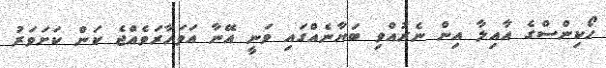
ހޯކިންސްގެ އާއިލާ އިން ނެރުއްވި ބަޔާނެއްގައި ވަނީ އޭނާ އަވަހާރަވެއްޖެ ކަން ކަށަވަރު